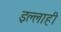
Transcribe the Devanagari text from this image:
इल्लाही